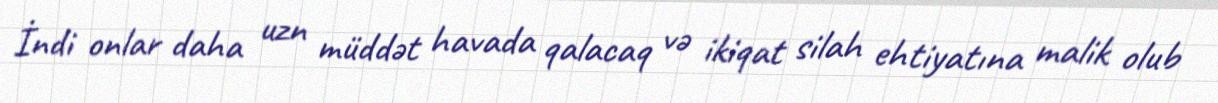
İndi onlar daha uzn müddət havada qalacaq və ikiqat silah ehtiyatına malik olub